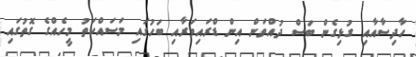
ހާދިސާއާއި ގުޅިގެން ބަސް ދުއްވަން އިން ޑްރައިވަރާއި ބަހުގައި މަސައްކަތު މީހެއްގެ ގޮތުގައި